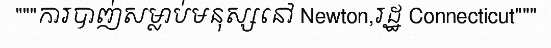
"""ការបាញ់សម្លាប់មនុស្សនៅ Newton,រដ្ឋ Connecticut"""